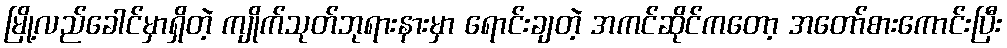
မြို့လည်ခေါင်မှာရှိတဲ့ ကျိုက်သုတ်ဘုရားနားမှာ ရောင်းချတဲ့ အကင်ဆိုင်ကတော့ အတော်စားကောင်းပြီး